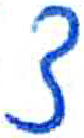
אות: צ